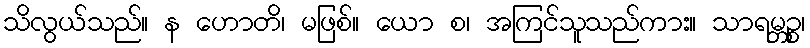
သိလွယ်သည်။ န ဟောတိ၊ မဖြစ်။ ယော စ၊ အကြင်သူသည်ကား။ သာရမ္ဘဉ္စ၊